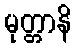
မုတ္တာနိ